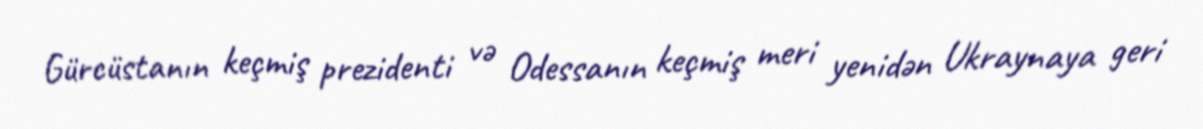
Gürcüstanın keçmiş prezidenti və Odessanın keçmiş meri yenidən Ukraynaya geri